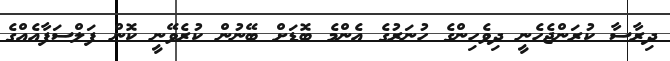
ދިރާސާ ކުރަންޖެހެނީ ދިވެހިންގެ ހުނަރުގެ އެންމެ ބޮޑަށް ބޭނުން ކުރެވޭނީ ކޮން ފަލްސަފާއެއްގެ